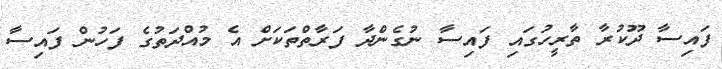
ފައިސާ ދޫކުރާ ތާރީހުގައި ފައިސާ ނުގެންދާ ފަރާތްތަކަށް އެ މުއްދަތުގެ ފަހުން ފައިސާ